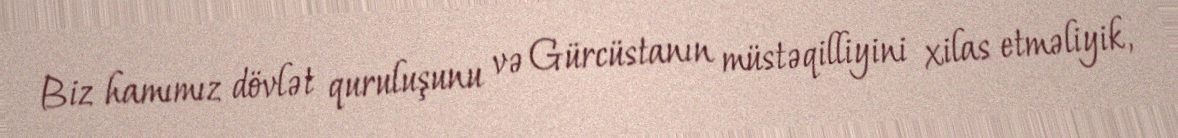
Biz hamımız dövlət quruluşunu və Gürcüstanın müstəqilliyini xilas etməliyik,